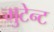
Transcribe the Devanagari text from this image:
मुटेन्ट